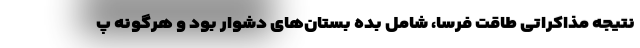
نتیجه مذاکراتی طاقت فرسا، شامل بده بستان‌های دشوار بود و هرگونه پ